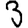
Digit: 3